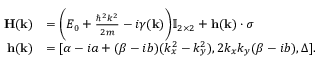
\begin{array} { r l } { \mathbf { H } ( \mathbf { k } ) } & { = \bigg ( E _ { 0 } + \frac { \hbar ^ { 2 } k ^ { 2 } } { 2 m } - i \gamma ( \mathbf { k } ) \bigg ) \mathbb { I } _ { 2 \times 2 } + \mathbf { h } ( \mathbf { k } ) \cdot \boldsymbol \sigma } \\ { \mathbf { h } ( \mathbf { k } ) } & { = [ \alpha - i a + ( \beta - i b ) ( k _ { x } ^ { 2 } - k _ { y } ^ { 2 } ) , 2 k _ { x } k _ { y } ( \beta - i b ) , \Delta ] . } \end{array}